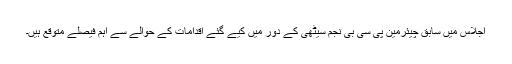
اجلاس میں سابق چیئرمین پی سی بی نجم سیٹھی کے دور میں کیے گئے اقدامات کے حوالے سے اہم فیصلے متوقع ہیں۔